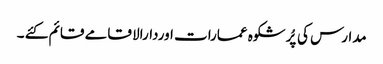
مدارس کی پُرشکوہ عمارات اوردارالا قامے قائم کئے ۔